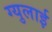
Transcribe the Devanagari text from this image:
ग्युलाई